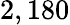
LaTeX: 2,180